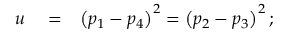
\begin{array} { r l r } { u } & { { } = } & { \left( p _ { 1 } - p _ { 4 } \right) ^ { 2 } = \left( p _ { 2 } - p _ { 3 } \right) ^ { 2 } ; } \end{array}